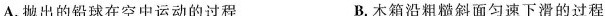
A.抛出的铅球在空中运动的过程 B.木箱沿粗糙斜面匀速下滑的过程